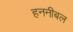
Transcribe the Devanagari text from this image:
हननीबल